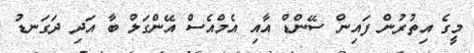
މީގެ އިތުރުން ފައިން ސޭންޑް އާއި އެމްއެސް އޭންގަލް ބާ އަދި ދަގަނޑު